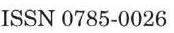
ISSN 0785-0026